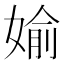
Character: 媮